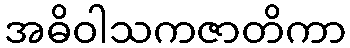
အဓိဝါသကဇာတိကာ